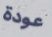
عودة